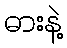
ဓားနဲ့